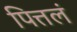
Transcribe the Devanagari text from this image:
पित्तलं